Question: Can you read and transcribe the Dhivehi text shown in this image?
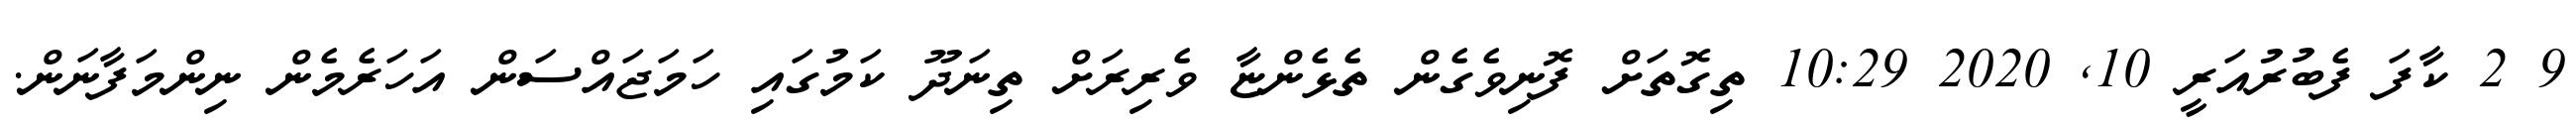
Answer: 9 2 ކާފަ ފެބުރުއަރީ 10, 2020 10:29 ތިގޮތަށް ފޮނިވެގެން ތެޅެންޏާ ވެރިރަށް ތިނަދޫ ކަމުގައި ހަމަޖައްސަން އަހަރެމެން ނިންމަފާނަން.